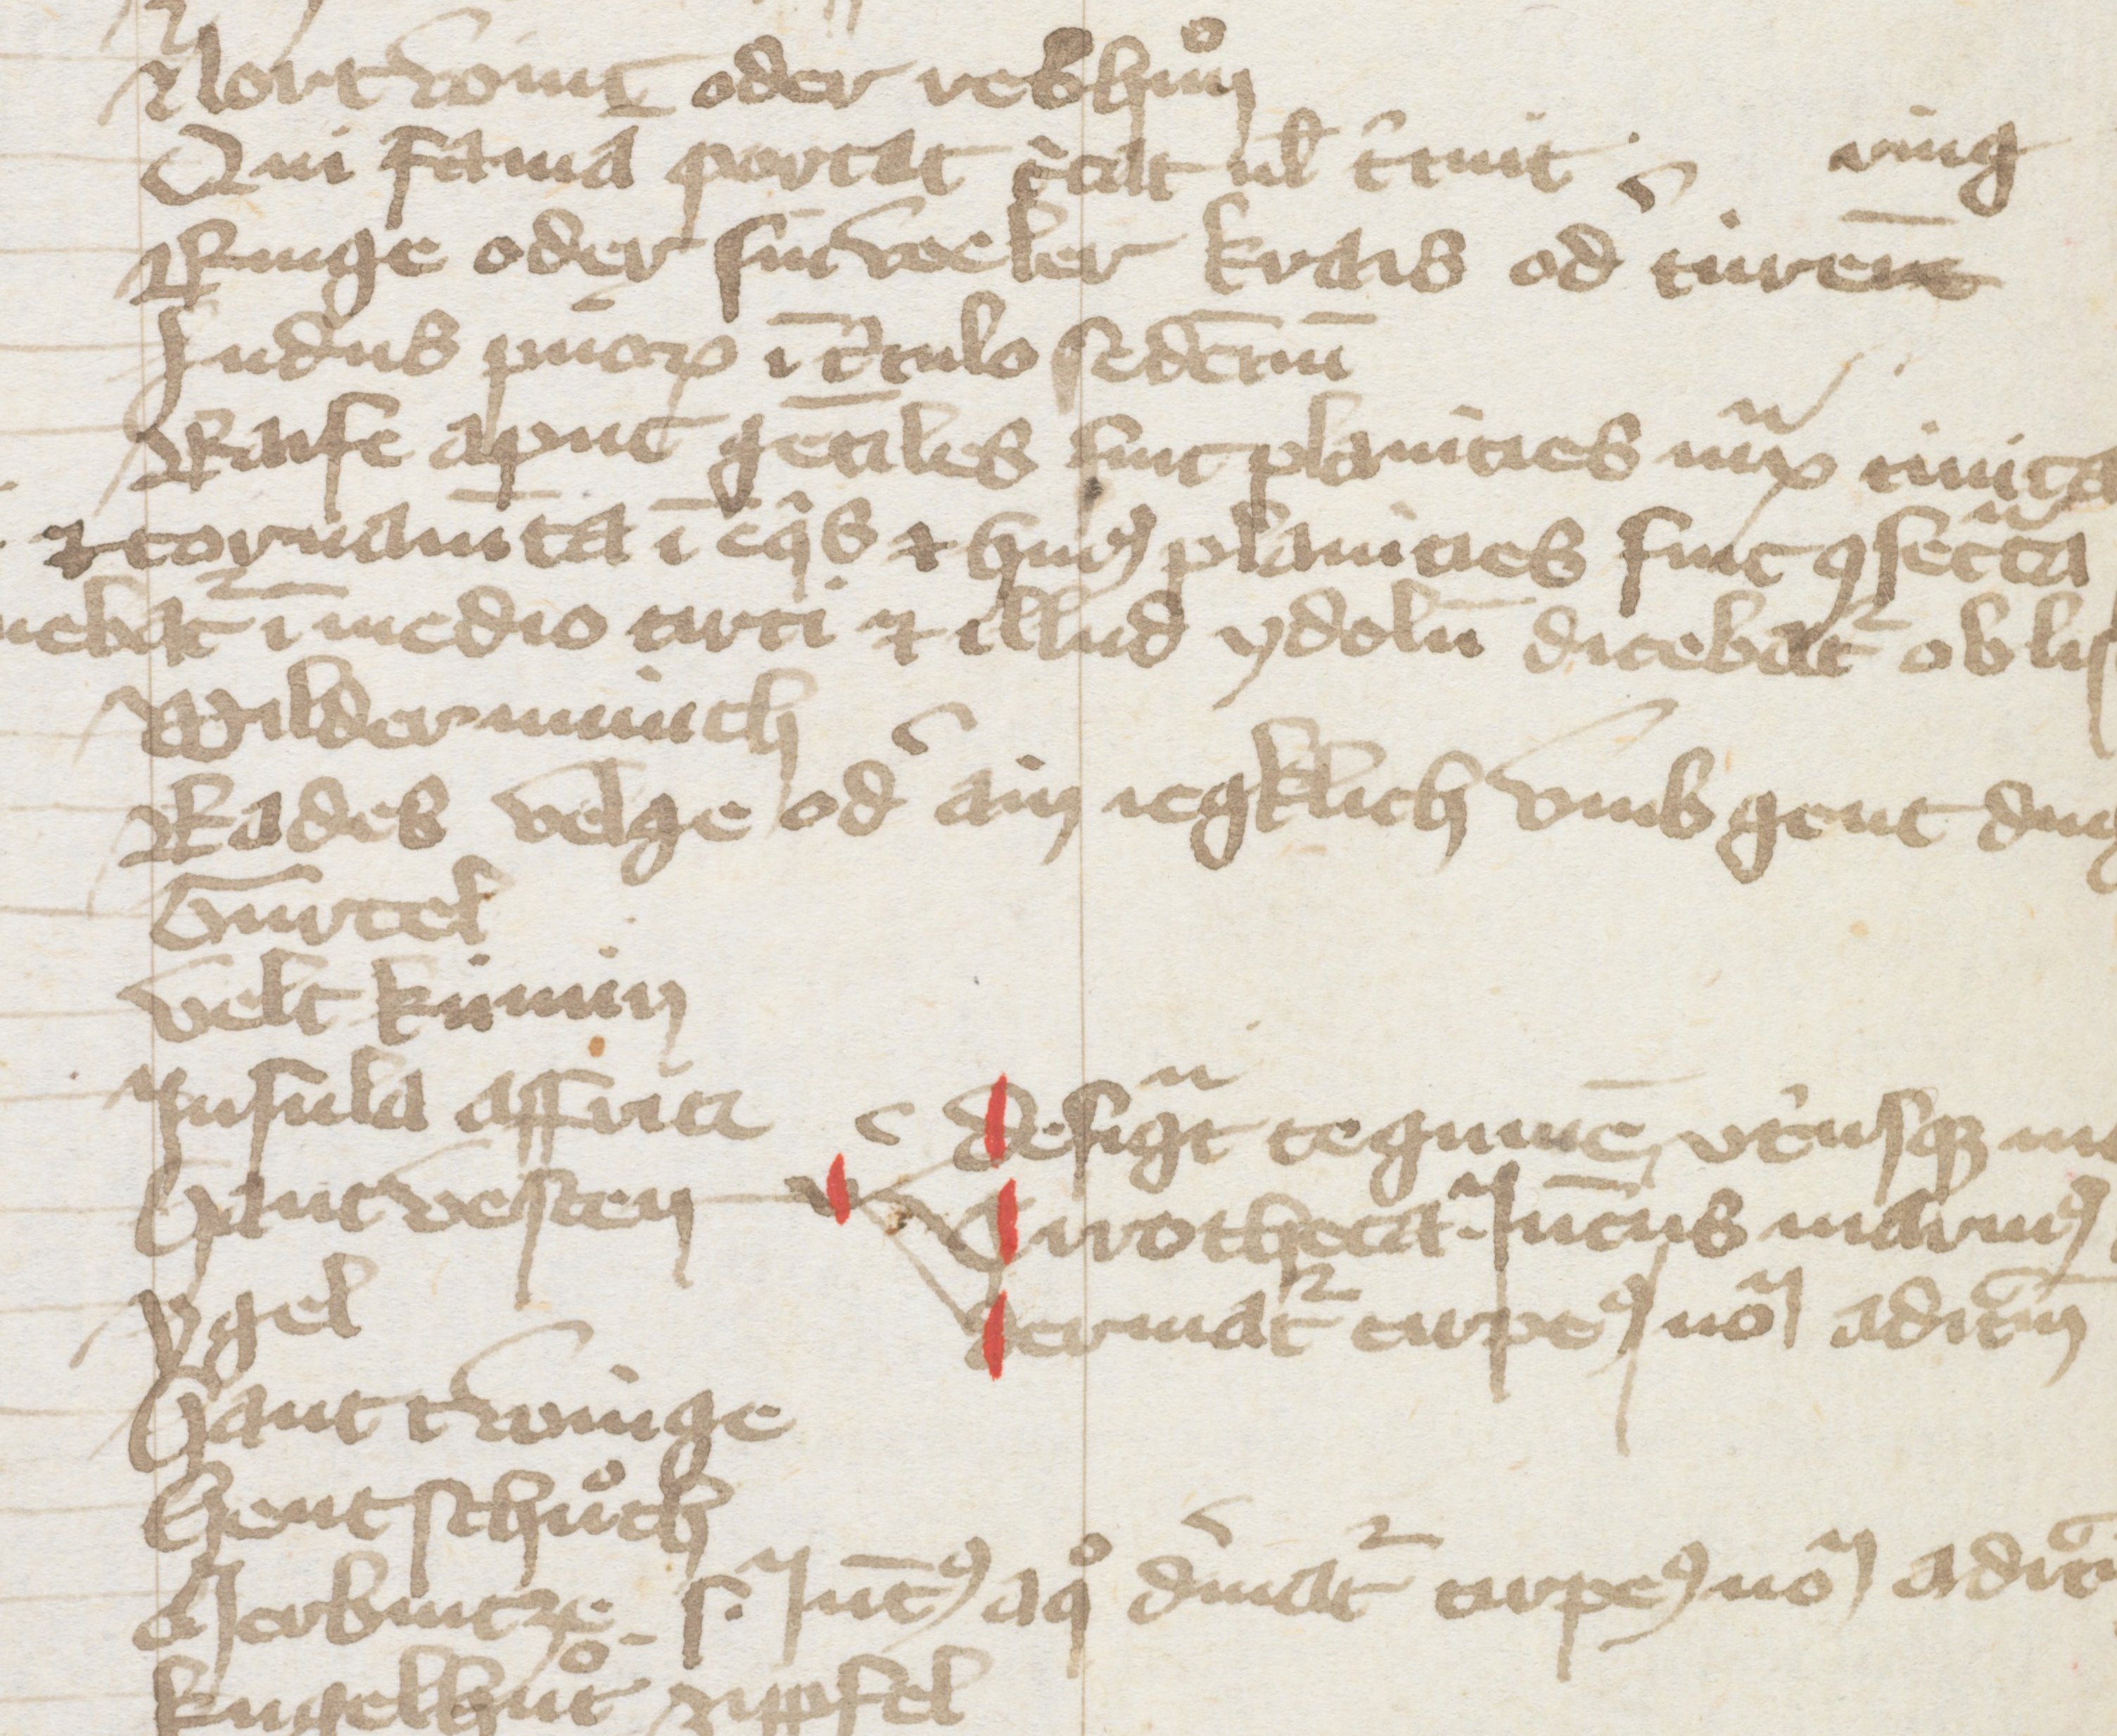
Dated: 1384–1384